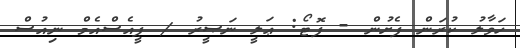
ހަވާލު ކުރަން ފެށުން - ފޮޓޯ: ޢަލީ ނަޞީރު / ޕީއެސްއެމް ނިއުސް